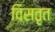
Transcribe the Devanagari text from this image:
विसतृत